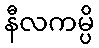
နီလကမ္ပိ